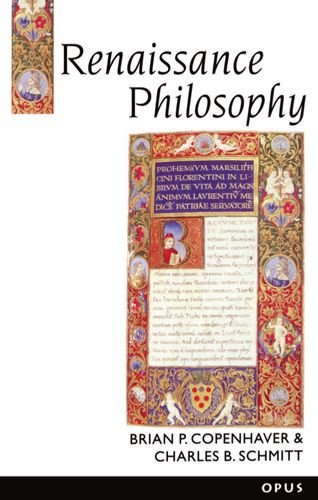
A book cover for Renaissance Philosophy (History of Western Philosophy); Brian P. Copenhaver; Politics & Social Sciences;